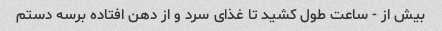
بیش از - ساعت طول کشید تا غذای سرد و از دهن افتاده برسه دستم